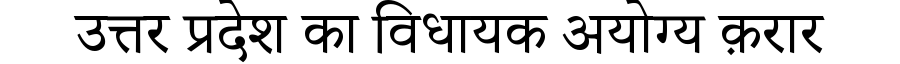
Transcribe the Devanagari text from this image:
उत्तर प्रदेश का विधायक अयोग्य क़रार